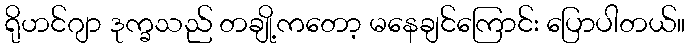
ရိုဟင်ဂျာ ဒုက္ခသည် တချို့ကတော့ မနေချင်ကြောင်း ပြောပါတယ်။